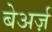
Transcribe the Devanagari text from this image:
बेअर्ज़